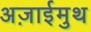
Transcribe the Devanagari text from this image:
अज़ाईमुथ